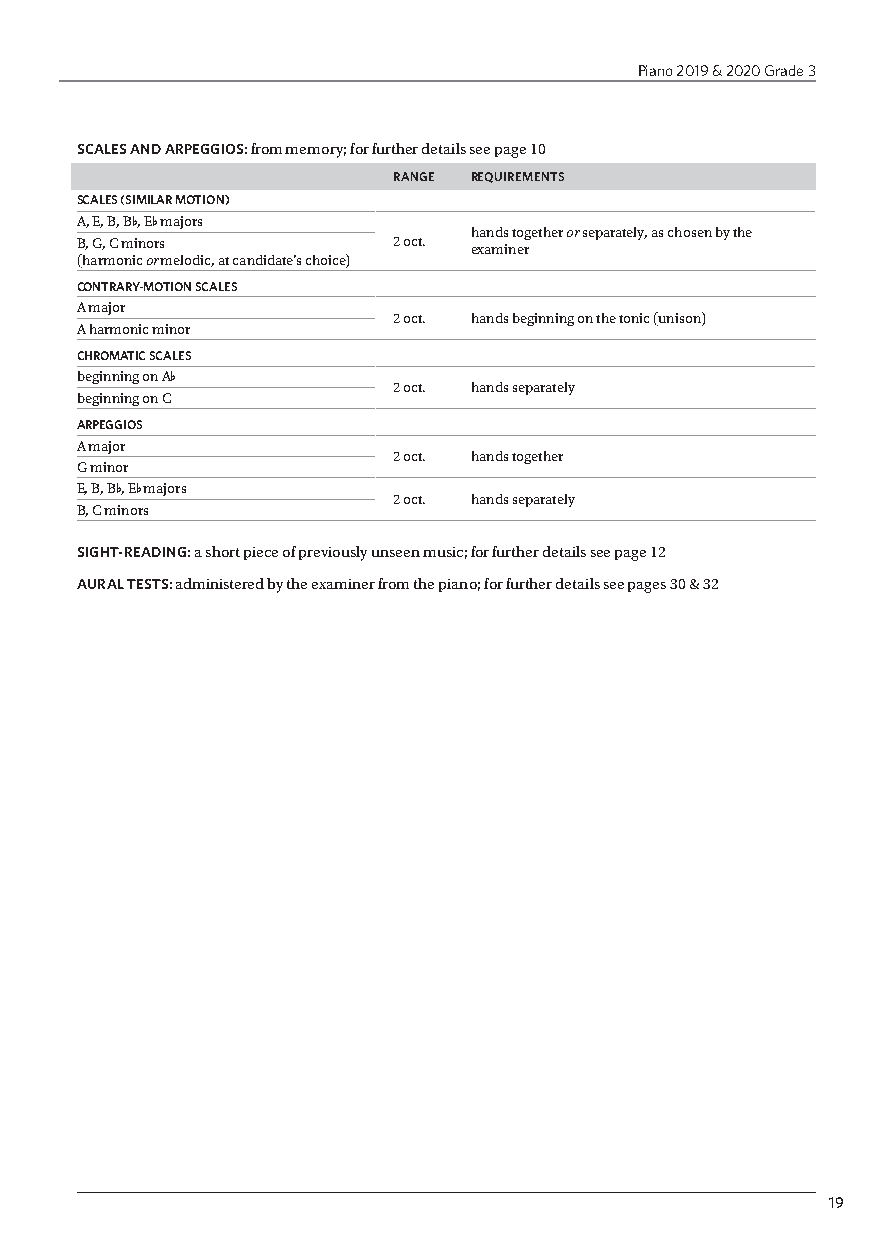
Piano 2019 & 2020 Grade 3
 SCALES AND ARPEGGIOS: from memory; for further details see page 10
 RANGE REQUIREMENTS
 SCALES (SIMILAR MOTION)
 A, E, B, B-, E- majors
 hands together or separately, as chosen by the
 B, G, C minors       2 oct. examiner
 (harmonic or melodic, at candidate’s choice)
 CONTRARY-MOTION SCALES
 A major
 2 oct. hands beginning on the tonic (unison)
 A harmonic minor
 CHROMATIC SCALES
 beginning on A-
 2 oct. hands separately
 beginning on C
 ARPEGGIOS
 A major
 2 oct. hands together
 G minor
 E, B, B-, E- majors
 2 oct. hands separately
 B, C minors
 SIGHT-READING: a short piece of previously unseen music; for further details see page 12
 AURAL TESTS: administered by the examiner from the piano; for further details see pages 30 & 32
 19